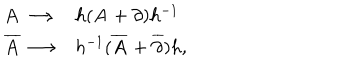
\begin{array} { l l } { { { \bf A } \longrightarrow } } & { { h ( { \bf A } + \partial ) h ^ { - 1 } } } \\ { { \overline { { { \bf A } } } \longrightarrow } } & { { h ^ { - 1 } ( { \overline { { { \bf A } } } } + \overline { { { \partial } } } ) h , } } \\ \end{array}